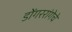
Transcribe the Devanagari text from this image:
डोंगररांगेचे